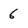
Character: 6